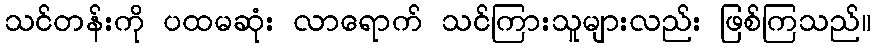
သင်တန်းကို ပထမဆုံး လာရောက် သင်ကြားသူများလည်း ဖြစ်ကြသည်။